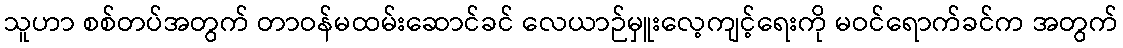
သူဟာ စစ်တပ်အတွက် တာဝန်မထမ်းဆောင်ခင် လေယာဉ်မှူးလေ့ကျင့်ရေးကို မဝင်ရောက်ခင်က အတွက်